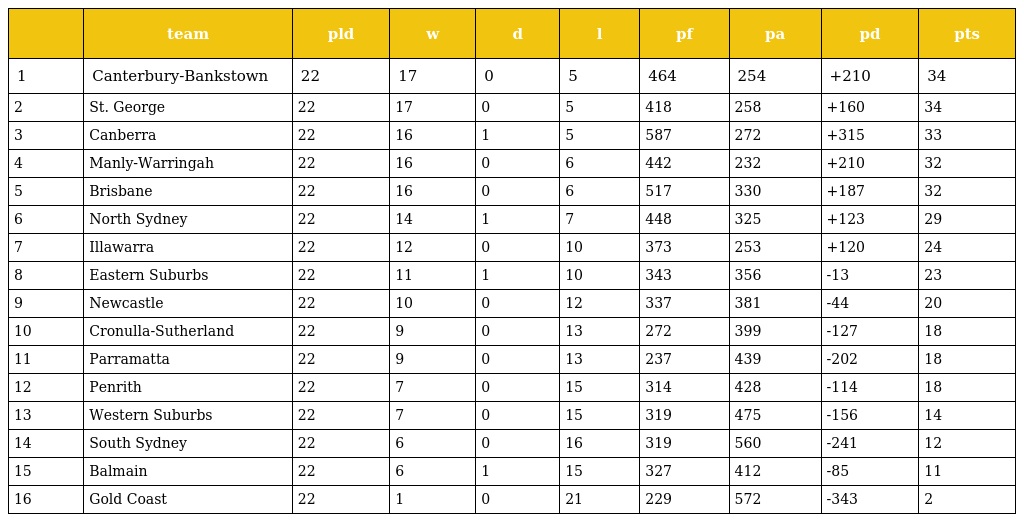
|  | team | pld | w | d | l | pf | pa | pd | pts |
 | --- | --- | --- | --- | --- | --- | --- | --- | --- | --- |
 | 1 | Canterbury-Bankstown | 22 | 17 | 0 | 5 | 464 | 254 | +210 | 34 |
 | 2 | St. George | 22 | 17 | 0 | 5 | 418 | 258 | +160 | 34 |
 | 3 | Canberra | 22 | 16 | 1 | 5 | 587 | 272 | +315 | 33 |
 | 4 | Manly-Warringah | 22 | 16 | 0 | 6 | 442 | 232 | +210 | 32 |
 | 5 | Brisbane | 22 | 16 | 0 | 6 | 517 | 330 | +187 | 32 |
 | 6 | North Sydney | 22 | 14 | 1 | 7 | 448 | 325 | +123 | 29 |
 | 7 | Illawarra | 22 | 12 | 0 | 10 | 373 | 253 | +120 | 24 |
 | 8 | Eastern Suburbs | 22 | 11 | 1 | 10 | 343 | 356 | -13 | 23 |
 | 9 | Newcastle | 22 | 10 | 0 | 12 | 337 | 381 | -44 | 20 |
 | 10 | Cronulla-Sutherland | 22 | 9 | 0 | 13 | 272 | 399 | -127 | 18 |
 | 11 | Parramatta | 22 | 9 | 0 | 13 | 237 | 439 | -202 | 18 |
 | 12 | Penrith | 22 | 7 | 0 | 15 | 314 | 428 | -114 | 18 |
 | 13 | Western Suburbs | 22 | 7 | 0 | 15 | 319 | 475 | -156 | 14 |
 | 14 | South Sydney | 22 | 6 | 0 | 16 | 319 | 560 | -241 | 12 |
 | 15 | Balmain | 22 | 6 | 1 | 15 | 327 | 412 | -85 | 11 |
 | 16 | Gold Coast | 22 | 1 | 0 | 21 | 229 | 572 | -343 | 2 |